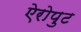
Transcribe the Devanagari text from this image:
ऐरोपुट